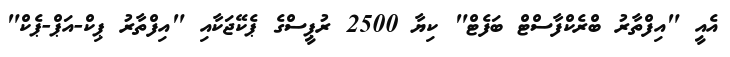
އެއީ "އިފްތާރު ބްރެކްފާސްޓް ބަފެޓް" ކިޔާ 2500 ރުޕީސްގެ ޕެކޭޖަކާއި "އިފްތާރު ޕިކް-އަޕް-ޕެކް"